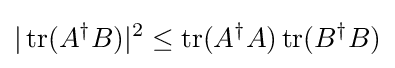
|\operatorname {tr} (A^{\dagger }B)|^{2}\leq \operatorname {tr} (A^{\dagger }A)\operatorname {tr} (B^{\dagger }B)